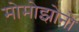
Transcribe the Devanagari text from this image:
मोमोझोनो